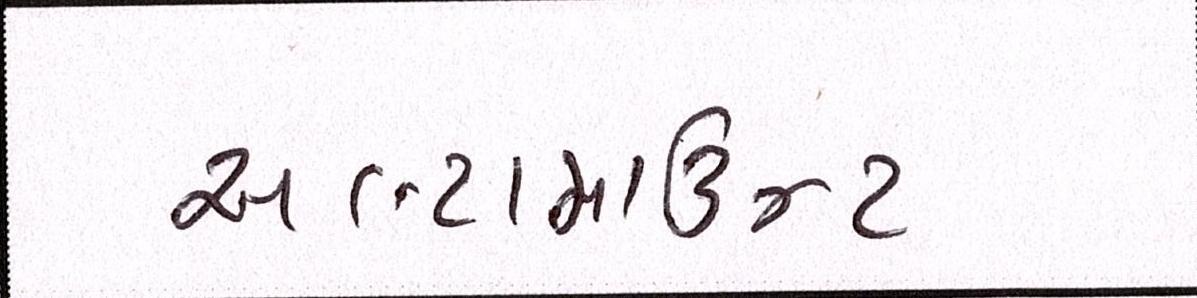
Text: અલ્ટામાઉન્ટ